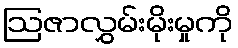
ဩဇာလွှမ်းမိုးမှုကို